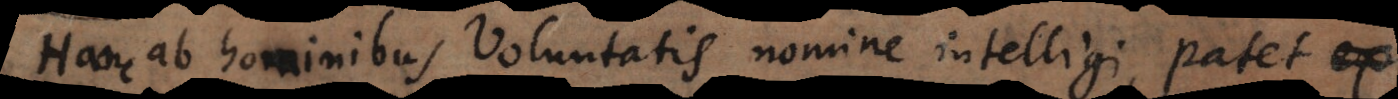
Hanc ab hominibus Voluntatis nomine intelligi, patet ex